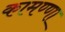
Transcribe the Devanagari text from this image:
कामण्णा